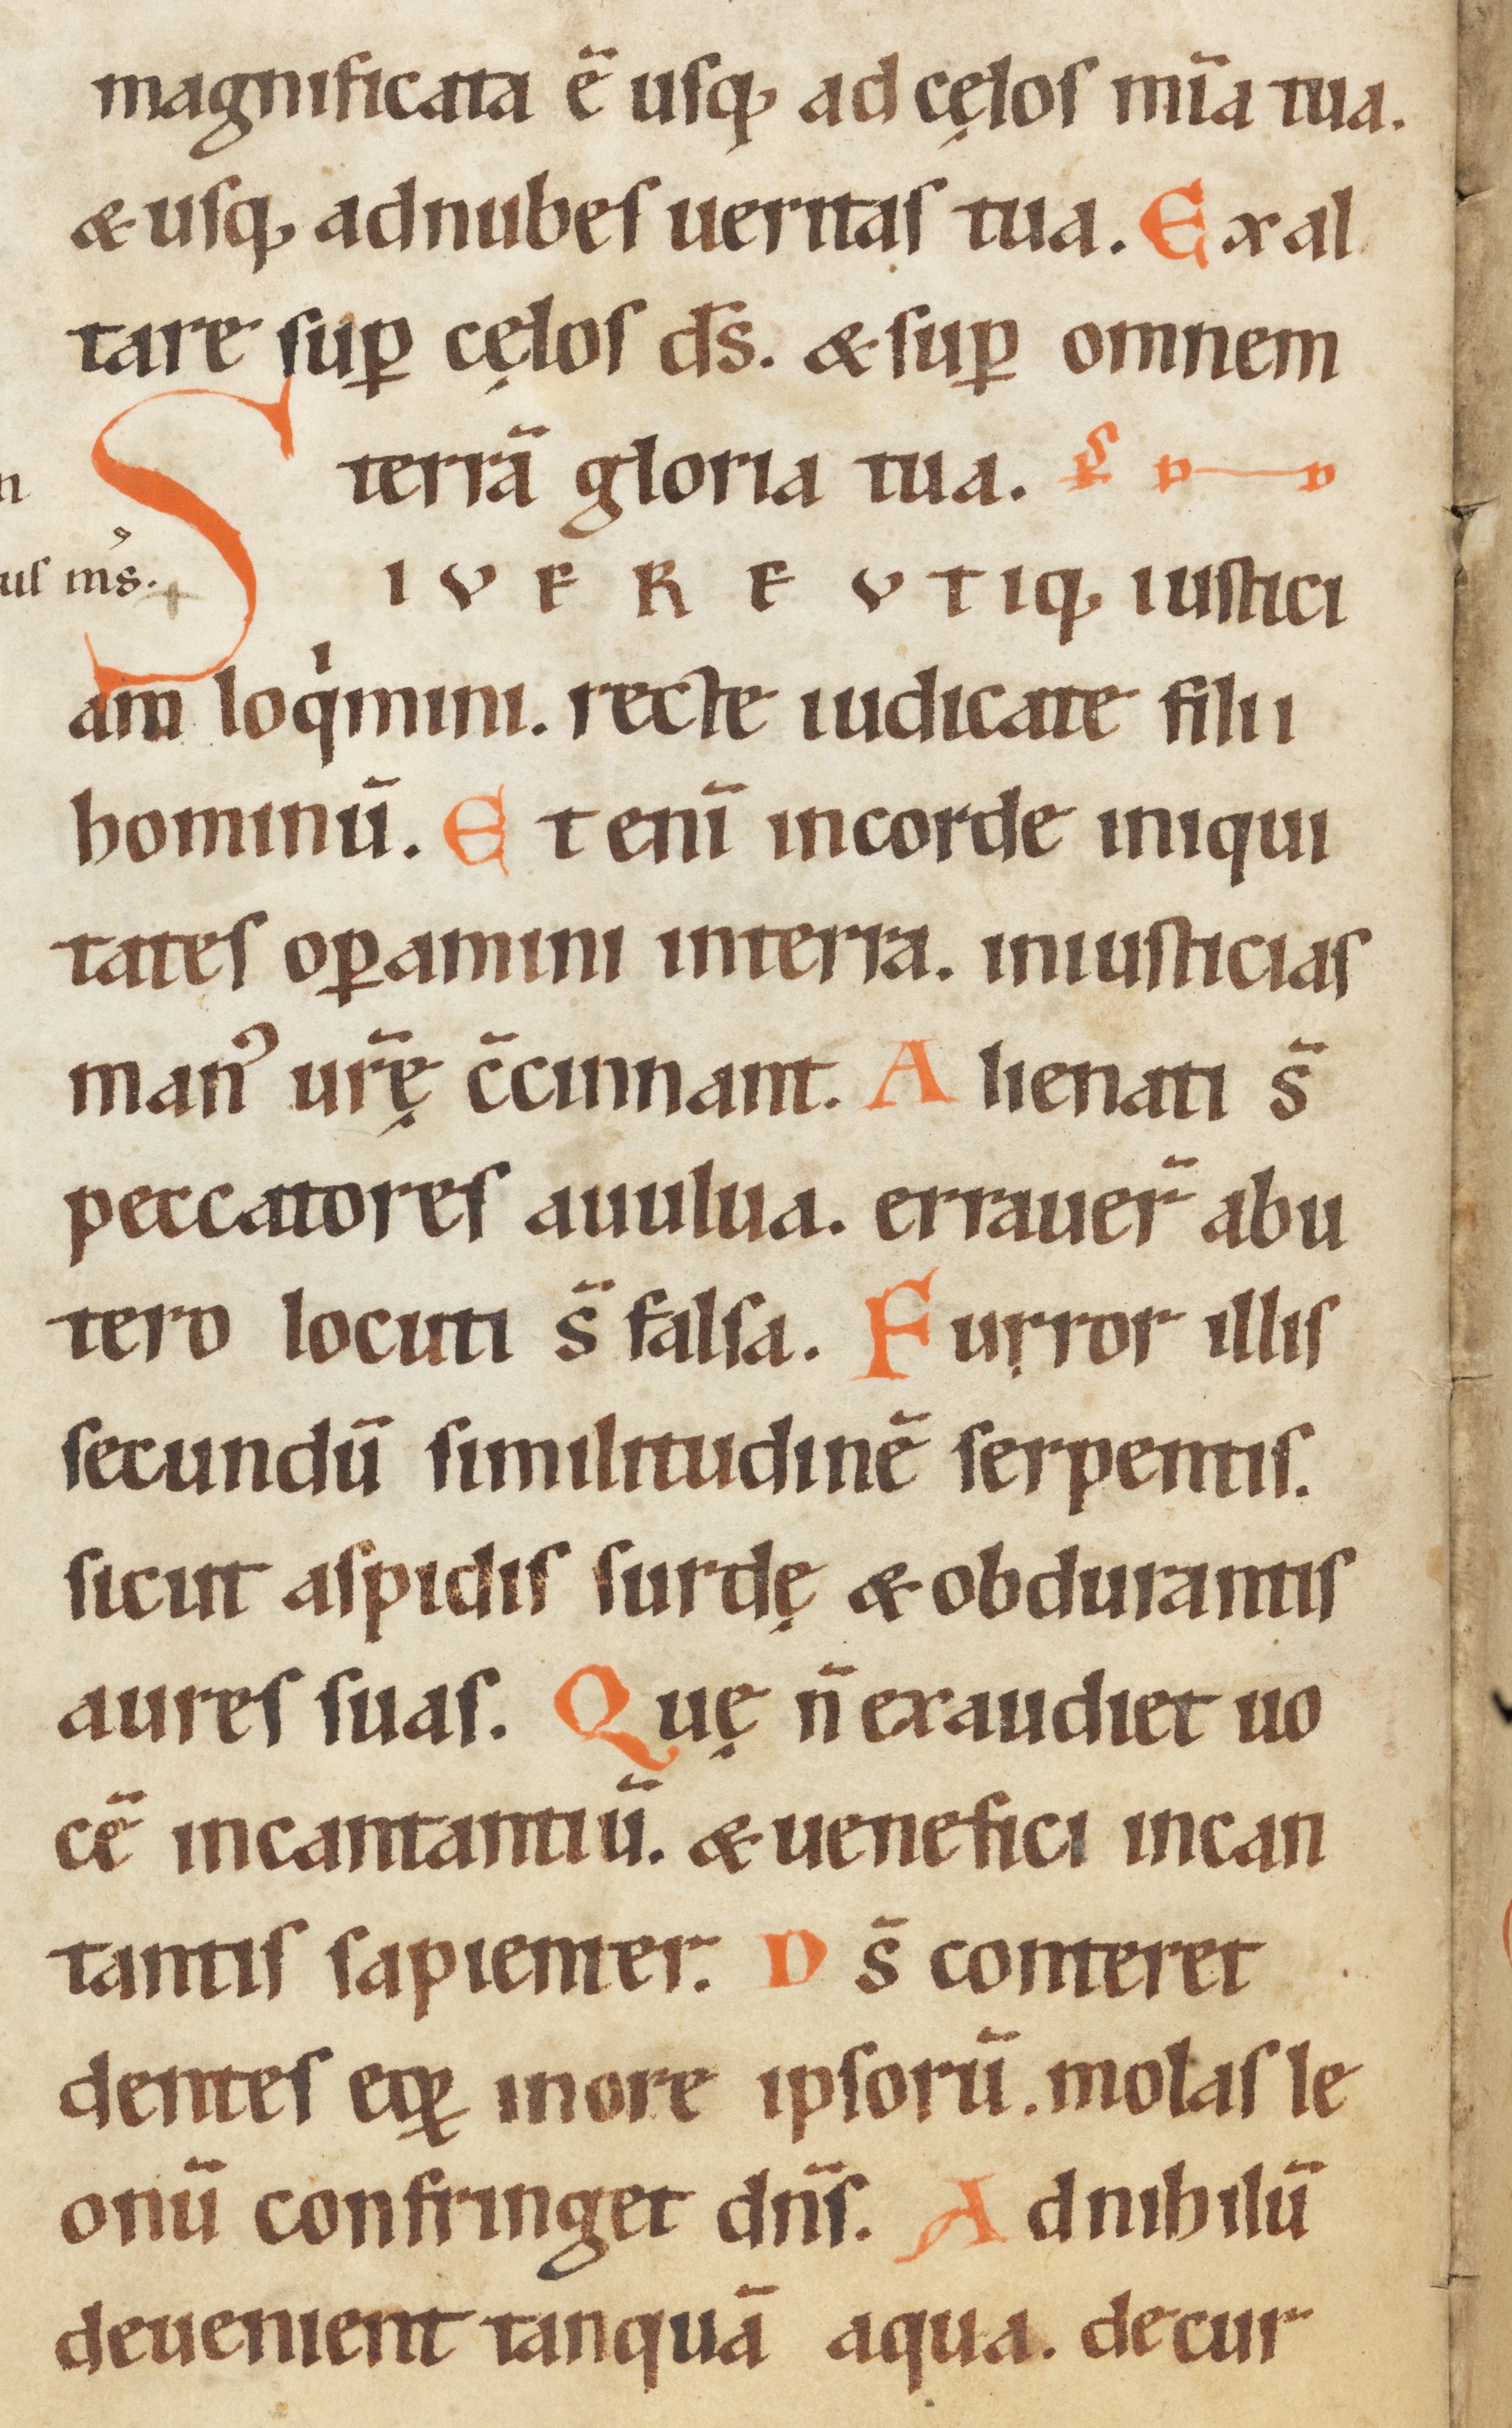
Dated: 1100–1199